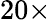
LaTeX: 20\times